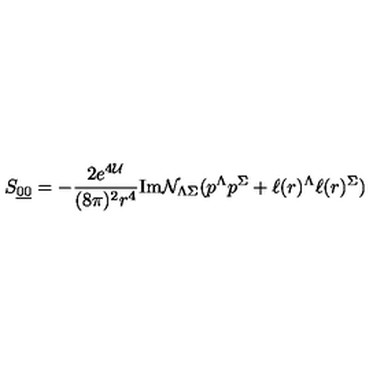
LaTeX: S _ { { \underline { { 0 } } } { \underline { { 0 } } } } = - \frac { 2 e ^ { 4 { \cal U } } } { ( 8 \pi ) ^ { 2 } r ^ { 4 } } \mathrm { I m } { \cal N } _ { \Lambda \Sigma } ( p ^ { \Lambda } p ^ { \Sigma } + \ell ( r ) ^ { \Lambda } \ell ( r ) ^ { \Sigma } )